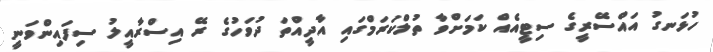
ހުޅަނގު އައްސޭރީގެ ސިޓީއެއް ކަމަށްވާ ތުލްކަރަމްގައި އާދީއްތަ ދުވަހުގެ ރޭ އިސްރާއީލު ސިފައިންވަނީ